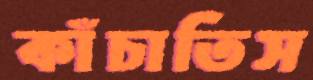
কাঁচাতিস